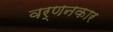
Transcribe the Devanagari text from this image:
वर्णनकार